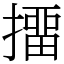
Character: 㩅